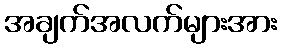
အချက်အလက်များအား